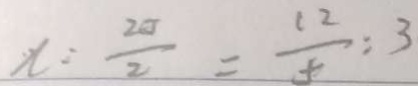
x : \frac { 2 0 } { 2 } = \frac { 1 2 } { 5 } : 3